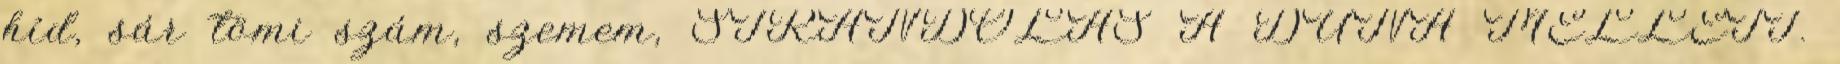
híd, sár tömi szám, szemem, STRANDOLÁS A DUNA MELLETT.